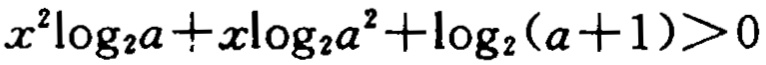
\(x^{2}\log_{2}a + x\log_{2}a^{2}+\log_{2}(a + 1)>0\)